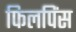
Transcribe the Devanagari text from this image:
फिलपिंस